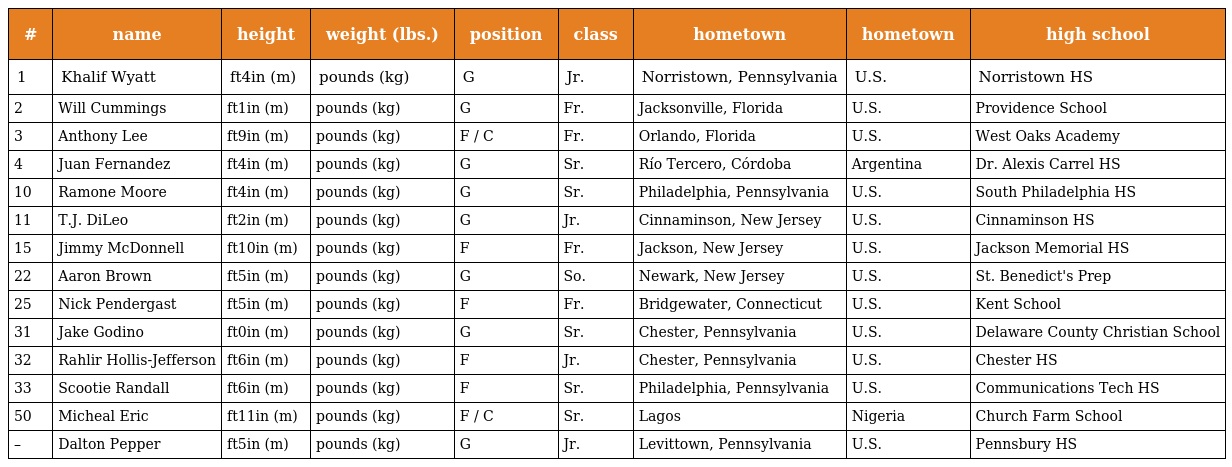
| # | name | height | weight (lbs.) | position | class | hometown | hometown | high school |
 | --- | --- | --- | --- | --- | --- | --- | --- | --- |
 | 1 | Khalif Wyatt | ft4in (m) | pounds (kg) | G | Jr. | Norristown, Pennsylvania | U.S. | Norristown HS |
 | 2 | Will Cummings | ft1in (m) | pounds (kg) | G | Fr. | Jacksonville, Florida | U.S. | Providence School |
 | 3 | Anthony Lee | ft9in (m) | pounds (kg) | F / C | Fr. | Orlando, Florida | U.S. | West Oaks Academy |
 | 4 | Juan Fernandez | ft4in (m) | pounds (kg) | G | Sr. | Río Tercero, Córdoba | Argentina | Dr. Alexis Carrel HS |
 | 10 | Ramone Moore | ft4in (m) | pounds (kg) | G | Sr. | Philadelphia, Pennsylvania | U.S. | South Philadelphia HS |
 | 11 | T.J. DiLeo | ft2in (m) | pounds (kg) | G | Jr. | Cinnaminson, New Jersey | U.S. | Cinnaminson HS |
 | 15 | Jimmy McDonnell | ft10in (m) | pounds (kg) | F | Fr. | Jackson, New Jersey | U.S. | Jackson Memorial HS |
 | 22 | Aaron Brown | ft5in (m) | pounds (kg) | G | So. | Newark, New Jersey | U.S. | St. Benedict's Prep |
 | 25 | Nick Pendergast | ft5in (m) | pounds (kg) | F | Fr. | Bridgewater, Connecticut | U.S. | Kent School |
 | 31 | Jake Godino | ft0in (m) | pounds (kg) | G | Sr. | Chester, Pennsylvania | U.S. | Delaware County Christian School |
 | 32 | Rahlir Hollis-Jefferson | ft6in (m) | pounds (kg) | F | Jr. | Chester, Pennsylvania | U.S. | Chester HS |
 | 33 | Scootie Randall | ft6in (m) | pounds (kg) | F | Sr. | Philadelphia, Pennsylvania | U.S. | Communications Tech HS |
 | 50 | Micheal Eric | ft11in (m) | pounds (kg) | F / C | Sr. | Lagos | Nigeria | Church Farm School |
 | – | Dalton Pepper | ft5in (m) | pounds (kg) | G | Jr. | Levittown, Pennsylvania | U.S. | Pennsbury HS |